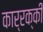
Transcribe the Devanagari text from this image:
कार्रक्की